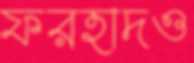
ফরহাদও